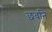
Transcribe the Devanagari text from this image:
छवनि